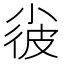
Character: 𡮌